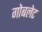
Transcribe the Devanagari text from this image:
गोबलेट